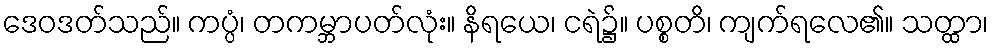
ဒေဝဒတ်သည်။ ကပ္ပံ၊ တကမ္ဘာပတ်လုံး။ နိရယေ၊ ငရဲ၌။ ပစ္စတိ၊ ကျက်ရလေ၏။ သတ္ထာ၊